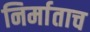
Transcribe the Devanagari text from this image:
निर्माताच